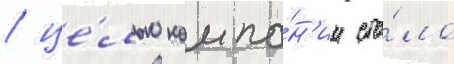
/ це́лью компа́н'ии ста́ло